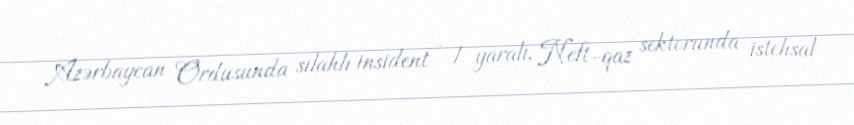
Azərbaycan Ordusunda silahlı insident - 1 yaralı, Neft-qaz sektorunda istehsal